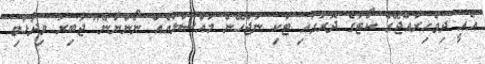
އެއީ ދިވެހިރާއްޖޭގެ ކޯޓުގެ ދޮރުގައި ޓަކި ނުޖެހޭނެ މައްސަލައެއް ނޯންނާނެ" ޖާބިރު ވިދާޅުވި